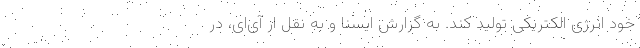
خود انرژی الکتریکی تولید کند. به گزارش ایسنا و به نقل از آی‌ای، در